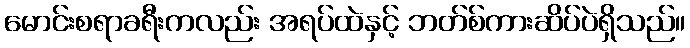
မောင်းစရာခရီးကလည်း အရပ်ထဲနှင့် ဘတ်စ်ကားဆိပ်ပဲရှိသည်။